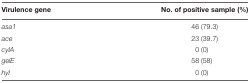
| Virulence gene | No. of positive sample (%) |
 | --- | --- |
 | asa1 | 46 (79.3) |
 | ace | 23 (39.7) |
 | cylA | 0 (0) |
 | gelE | 58 (58) |
 | hyl | 0 (0) |